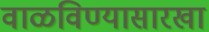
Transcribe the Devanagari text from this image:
वाळविण्यासारखा